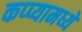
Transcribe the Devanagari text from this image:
कप्प्यामध्ये